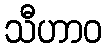
သီဟာဝ